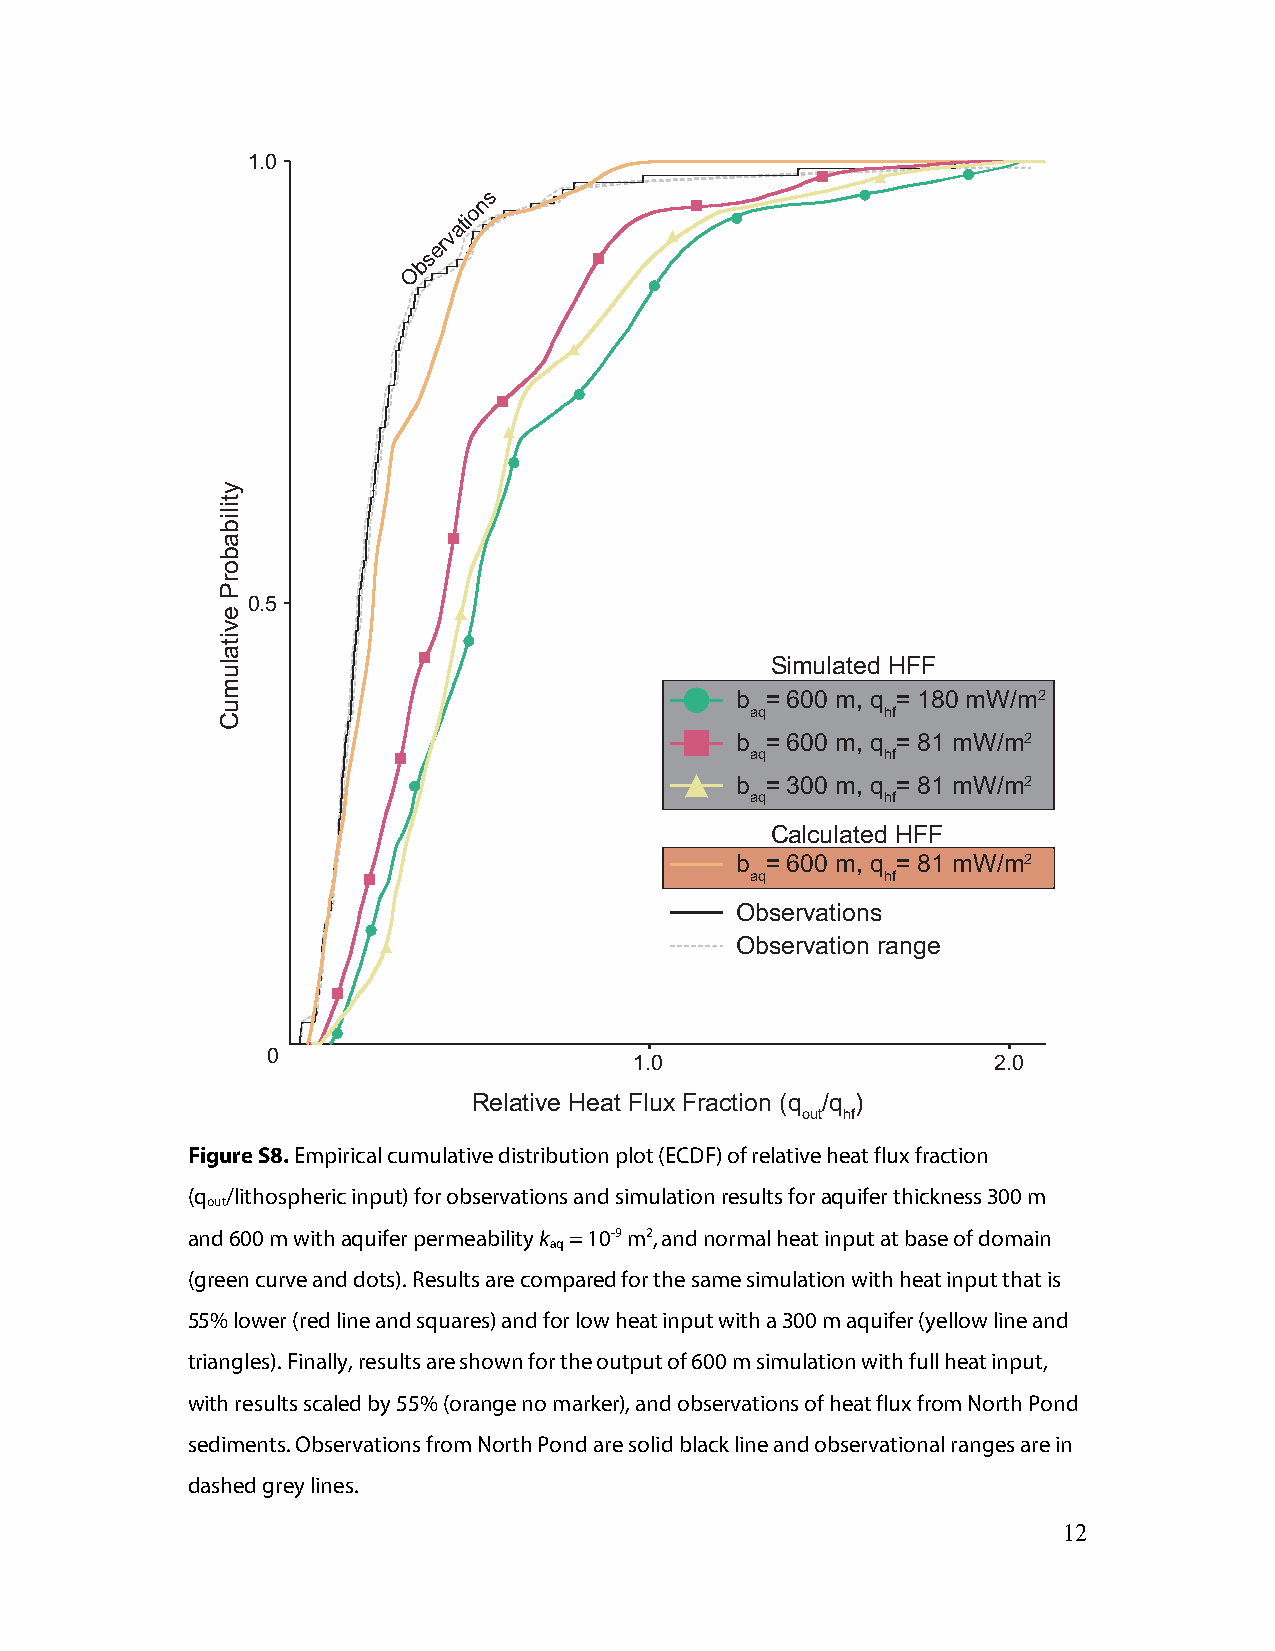
1.0
 s
 n
 o
 ati
 v
 er
 s
 b
 O
 0.5
 Simulated HFF
 b = 600 m, q = 180 mW/m2
 aq       hf
 b = 600 m, q = 81 mW/m2
 aq       hf
 b = 300 m, q = 81 mW/m2
 aq       hf
 Calculated HFF
 b = 600 m, q = 81 mW/m2
 aq       hf
 Observations
 Observation range
 0
 1.0                     2.0
 Relative Heat Flux Fraction (q /q )
 out hf
 Figure S8. Empirical cumulative distribution plot (ECDF) of relative heat flux fraction
 (q /lithospheric input) for observations and simulation results for aquifer thickness 300 m
 out
 and 600 m with aquifer permeability k = 10-9 m2, and normal heat input at base of domain
 aq
 (green curve and dots). Results are compared for the same simulation with heat input that is
 55% lower (red line and squares) and for low heat input with a 300 m aquifer (yellow line and
 triangles). Finally, results are shown for the output of 600 m simulation with full heat input,
 with results scaled by 55% (orange no marker), and observations of heat flux from North Pond
 sediments. Observations from North Pond are solid black line and observational ranges are in
 dashed grey lines.
 12
 ytilibaborP
 evitalumuC